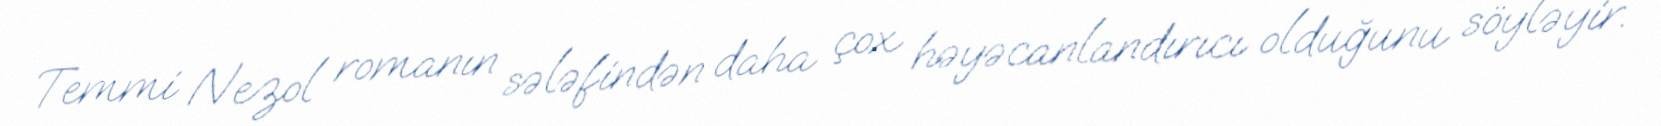
Temmi Nezol romanın sələfindən daha çox həyəcanlandırıcı olduğunu söyləyir.